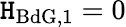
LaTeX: \mathtt{H}_{\mathrm{{BdG}},1}=0